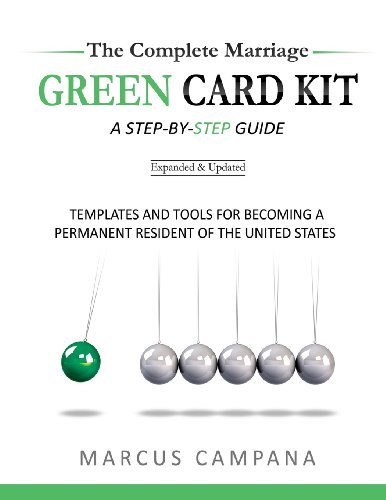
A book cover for The Complete Marriage Green Card Kit: A Step-By-Step Guide With Templates and Tools to Becoming a Permanent Resident of the United States; Marcus Campana; Law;